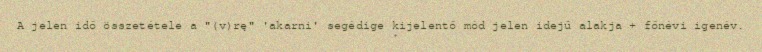
A jelen idő összetétele a "(v)rę" 'akarni' segédige kijelentő mód jelen idejű alakja + főnévi igenév.